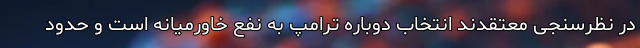
در نظرسنجی معتقدند انتخاب دوباره ترامپ به نفع خاورمیانه است و حدود